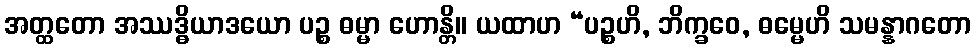
အတ္ထတော အဿဒ္ဓိယာဒယော ပဉ္စ ဓမ္မာ ဟောန္တိ။ ယထာဟ “ပဉ္စဟိ, ဘိက္ခဝေ, ဓမ္မေဟိ သမန္နာဂတော